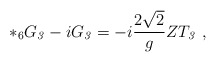
\begin{align*}*_6 G_{\it 3} - i G_{\it 3} = -i\frac{2\sqrt{2}}{g} Z T_{\it3}\ , \end{align*}